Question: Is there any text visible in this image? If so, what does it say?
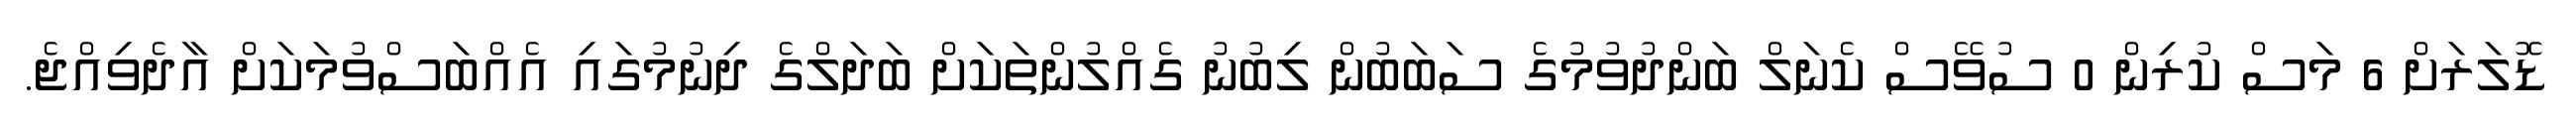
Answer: ޑޮލަރަށް 6 މަސް ކުރިން 0 ސުވޭސް ކެނަލް ބަންދުވުމުގެ ސަބަބުން ލިބުނު ގެއްލުންތަކަށް ބަދަލްގެ ދިނުމުގައި އެއްބަސްވުމަކަށް އާދެވިއްޖެ.